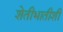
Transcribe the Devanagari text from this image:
शेतीभातीशी